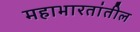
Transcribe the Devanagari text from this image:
महाभारतांतील